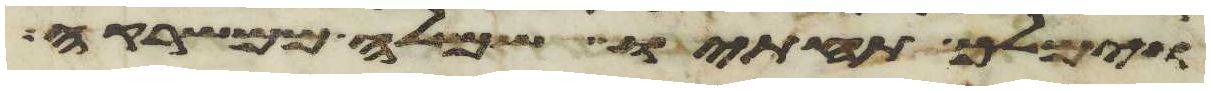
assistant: וימלך תחתיו שמלה ממשרקה